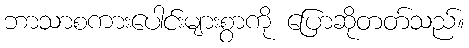
ဘာသာစကားပေါင်းများစွာကို ပြောဆိုတတ်သည်။